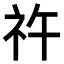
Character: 𥘪